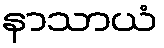
နာသာယံ